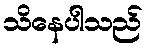
သိနေပါသည်